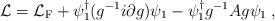
LaTeX: \begin{align*}{\cal L}={\cal L}_{\rm F}+\psi^{\dagger}_1 (g^{-1}i\partial g )\psi_1 - \psi^{\dagger}_1g^{-1}A g \psi_1\; ,\end{align*}